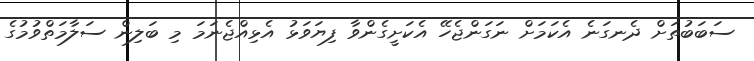
ސަބަބުތަށް ދެނގަނެ އެކަމަށް ނަގަންޖެހޭ އެކަށީގެންވާ ފިޔަވަޅު އެޅިއްޖެނަމަ މި ބަލިން ސަލާމަތްވުމުގެ